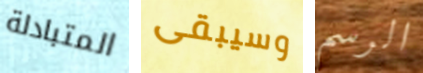
المتبادلة وسيبقى الرسم